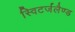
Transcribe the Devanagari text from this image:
स्विटर्जलैण्ड